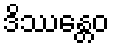
ဒိဿန္တေဝ